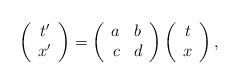
LaTeX: \begin{align*}\left( \begin{array}{c} t' \\ x' \end{array} \right) = \left( \begin{array}{rl} a & b \\ c & d \end{array} \right) \left( \begin{array}{c} t \\ x \end{array} \right),\end{align*}